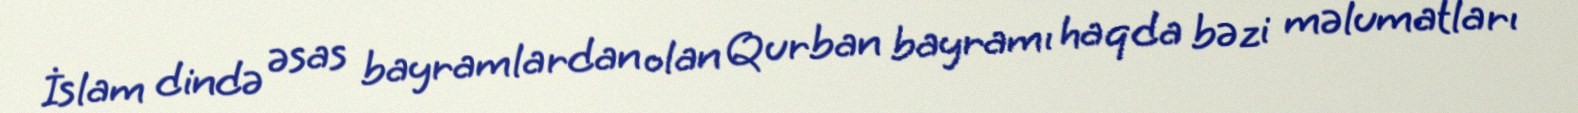
İslam dində əsas bayramlardan olan Qurban bayramı haqda bəzi məlumatları